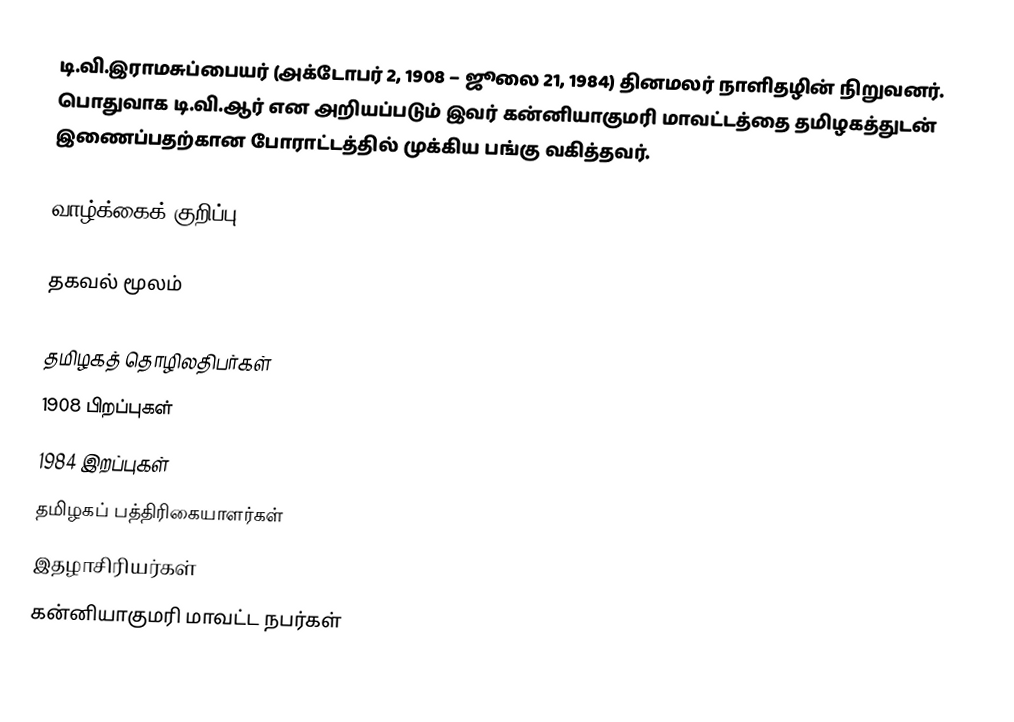
டி.வி.இராமசுப்பையர் (அக்டோபர் 2, 1908 – ஜூலை 21, 1984) தினமலர் நாளிதழின் நிறுவனர். பொதுவாக டி.வி.ஆர் என அறியப்படும் இவர் கன்னியாகுமரி மாவட்டத்தை தமிழகத்துடன் இணைப்பதற்கான போராட்டத்தில் முக்கிய பங்கு வகித்தவர்.

வாழ்க்கைக் குறிப்பு

தகவல் மூலம்

தமிழகத் தொழிலதிபர்கள்
1908 பிறப்புகள்
1984 இறப்புகள்
தமிழகப் பத்திரிகையாளர்கள்
இதழாசிரியர்கள்
கன்னியாகுமரி மாவட்ட நபர்கள்